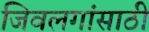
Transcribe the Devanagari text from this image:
जिवलगांसाठी